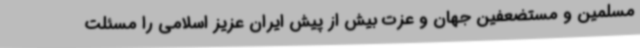
مسلمین و مستضعفین جهان و عزت بیش از پیش ایران عزیز اسلامی را مسئلت